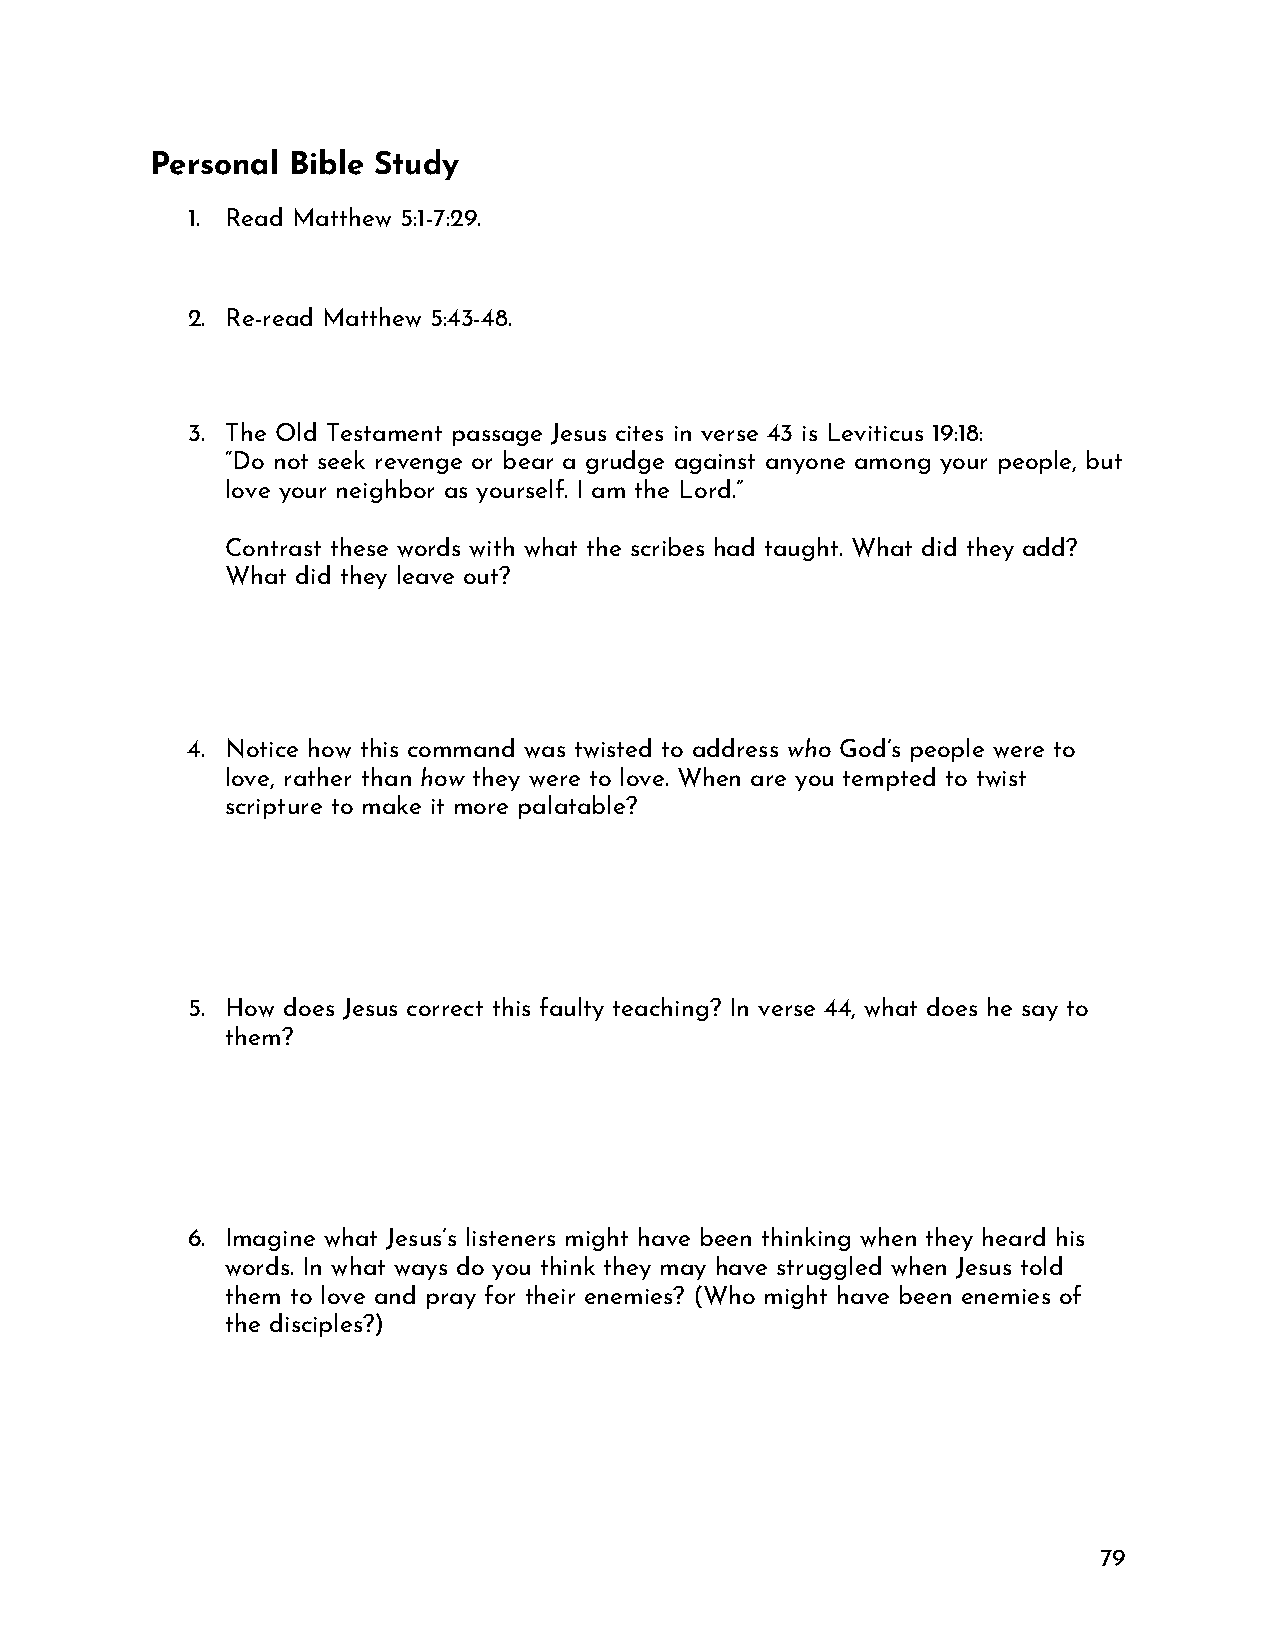
Personal Bible Study
 1. Read Matthew 5:1-7:29.
 2. Re-read Matthew 5:43-48.
 3. The Old Testament passage Jesus cites in verse 43 is Leviticus 19:18:
 “Do not seek revenge or bear a grudge against anyone among your people, but
 love your neighbor as yourself. I am the Lord.”
 Contrast these words with what the scribes had taught. What did they add?
 What did they leave out?
 4. Notice how this command was twisted to address who God’s people were to
 love, rather than how they were to love. When are you tempted to twist
 scripture to make it more palatable?
 5. How does Jesus correct this faulty teaching? In verse 44, what does he say to
 them?
 6. Imagine what Jesus’s listeners might have been thinking when they heard his
 words. In what ways do you think they may have struggled when Jesus told
 them to love and pray for their enemies? (Who might have been enemies of
 the disciples?)
 79